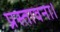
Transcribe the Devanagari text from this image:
प्रस्तावना।